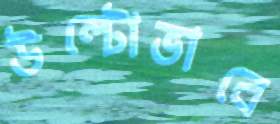
উল্টোভাবে